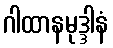
ဂါထာနမုဒ္ဒါနံ